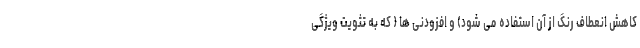
کاهش انعطاف رنگ از آن استفاده می شود) و افزودنی ها ( که به تثویت ویژگی